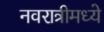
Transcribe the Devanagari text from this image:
नवरात्रीमध्ये